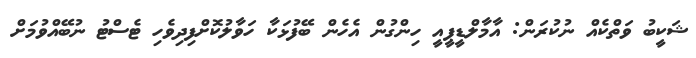
ޝަކީބު ވަތްކެއް ނުކުރަން: އާމާލްޑީޕީއީ ހިންގުން އެހެން ބޭފުޅަކާ ހަވާލުކޮށްފިދިވެހި ޓެސްޓު ނުބޭއްވުމަށް